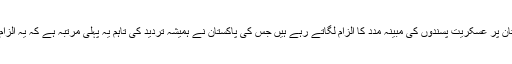
امریکی حکام ماضی میں بھی پاکستان پر عسکریت پسندوں کی مبینہ مدد کا الزام لگاتے رہے ہیں جس کی پاکستان نے ہمیشہ تردید کی تاہم یہ پہلی مرتبہ ہے کہ یہ الزام امریکی صدر سے منسوب کیا گیا۔